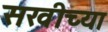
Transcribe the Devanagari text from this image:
सखीच्या